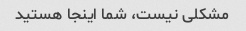
مشکلی نیست، شما اینجا هستید